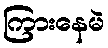
ကြားနေမဲ